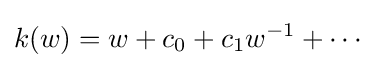
k(w)=w+c_{0}+c_{1}w^{-1}+\cdots